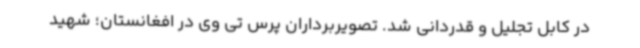
در کابل تجلیل و قدردانی شد. تصویربرداران پرس تی وی در افغانستان؛ شهید